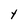
Character: Y